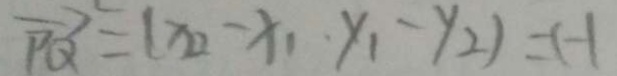
\overrightarrow { P Q } = ( x _ { 2 } - x _ { 1 } , y _ { 1 } - y _ { 2 } ) = ( - 1